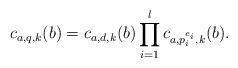
LaTeX: \begin{align*}c_{a,q, k}(b) = c_{a, d, k}(b) \prod_{i = 1}^l c_{a,{p}^{e_i}_i, k}(b).\end{align*}